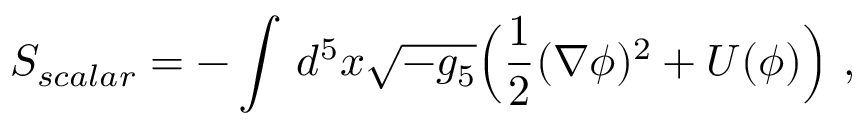
S _ { s c a l a r } = - \int \, d ^ { 5 } x \sqrt { - g _ { 5 } } \Big ( \frac { 1 } { 2 } ( \nabla \phi ) ^ { 2 } + U ( \phi ) \Big ) \ ,